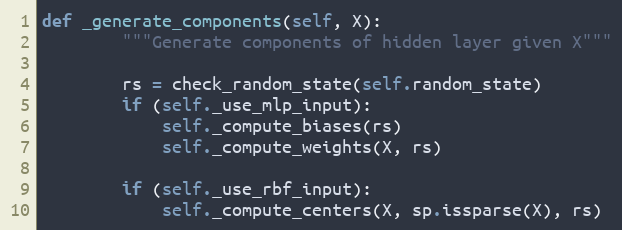
Language: Python
def _generate_components(self, X):
        """Generate components of hidden layer given X"""

        rs = check_random_state(self.random_state)
        if (self._use_mlp_input):
            self._compute_biases(rs)
            self._compute_weights(X, rs)

        if (self._use_rbf_input):
            self._compute_centers(X, sp.issparse(X), rs)